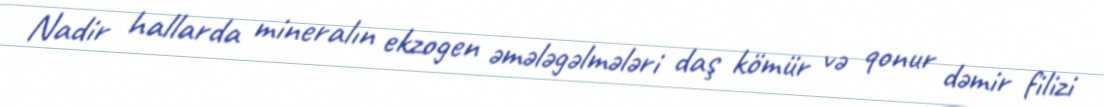
Nadir hallarda mineralın ekzogen əmələgəlmələri daş kömür və qonur dəmir filizi